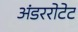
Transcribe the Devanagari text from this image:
अंडररोटेट